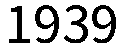
1939